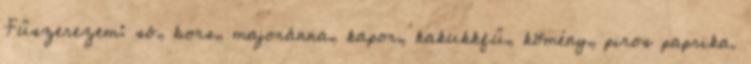
Fűszerezem: só, bors, majoránna, kapor, kakukkfű, kömény, piros paprika.